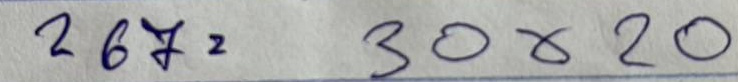
267 = 30x20